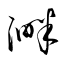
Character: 溿